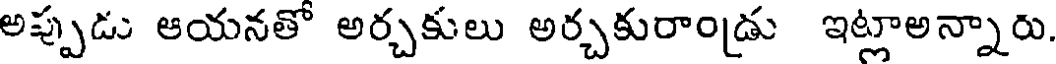
అప్పుడు ఆయనతో అర్చకులు అర్చకురాండ్రు ఇట్లాఅన్నారు.